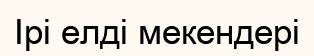
Ірі елді мекендері